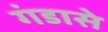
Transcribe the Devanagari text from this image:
गंडासे